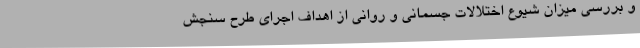
و بررسی میزان شیوع اختلالات جسمانی و روانی از اهداف اجرای طرح سنجش